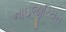
નાઇજીરિયન